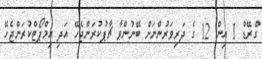
ގްރޭޑް 1 އިން 12 ގެ ދަރިވަރުންނަށް ބޭނުންވާ ޗާޕުކުރަންޖެހޭ އަދި އިމްޕޯޓްކުރަންޖެހޭ